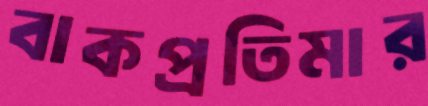
বাকপ্রতিমার